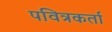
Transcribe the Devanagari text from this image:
पवित्रकर्ता